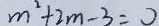
m ^ { 2 } + 2 m - 3 = 0